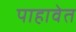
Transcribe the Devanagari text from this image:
पाहावेत